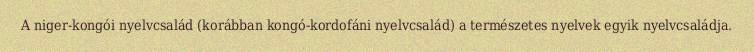
A niger-kongói nyelvcsalád (korábban kongó-kordofáni nyelvcsalád) a természetes nyelvek egyik nyelvcsaládja.